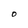
Character: O